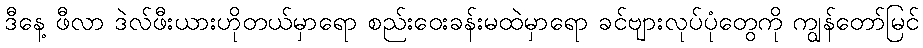
ဒီနေ့ ဖီလာ ဒဲလ်ဖီးယားဟိုတယ်မှာရော စည်းဝေးခန်းမထဲမှာရော ခင်ဗျားလုပ်ပုံတွေကို ကျွန်တော်မြင်